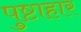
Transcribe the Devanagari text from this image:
पुष्टाहार